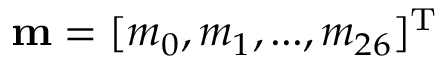
{ \bf { m } } = { [ { m _ { 0 } } , { m _ { 1 } } , . . . , { m _ { 2 6 } } ] ^ { \mathrm { T } } }